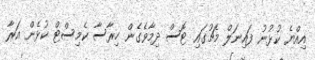
އިއްޔެ ކުޅުނު ފައިނަލް މެޗުގައި ޓޮސް ދިމާވެގެން ހިރާސާ ކެމިސްޓް ކުޅެން އަރާ